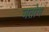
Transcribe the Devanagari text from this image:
जतोग